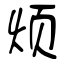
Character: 烦